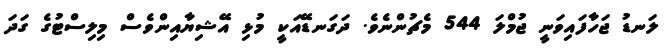
ލަނޑު ޖަހާފައިވަނީ ޖުމްލަ 544 މެޗުންނެވެ. ދަގަނޑޭއަކީ މުޅި އޭޝިޔާއިންވެސް މިލިސްޓުގެ ގަދަ